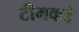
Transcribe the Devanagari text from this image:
टीमकडे